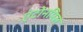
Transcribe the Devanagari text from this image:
एंटोनमिस